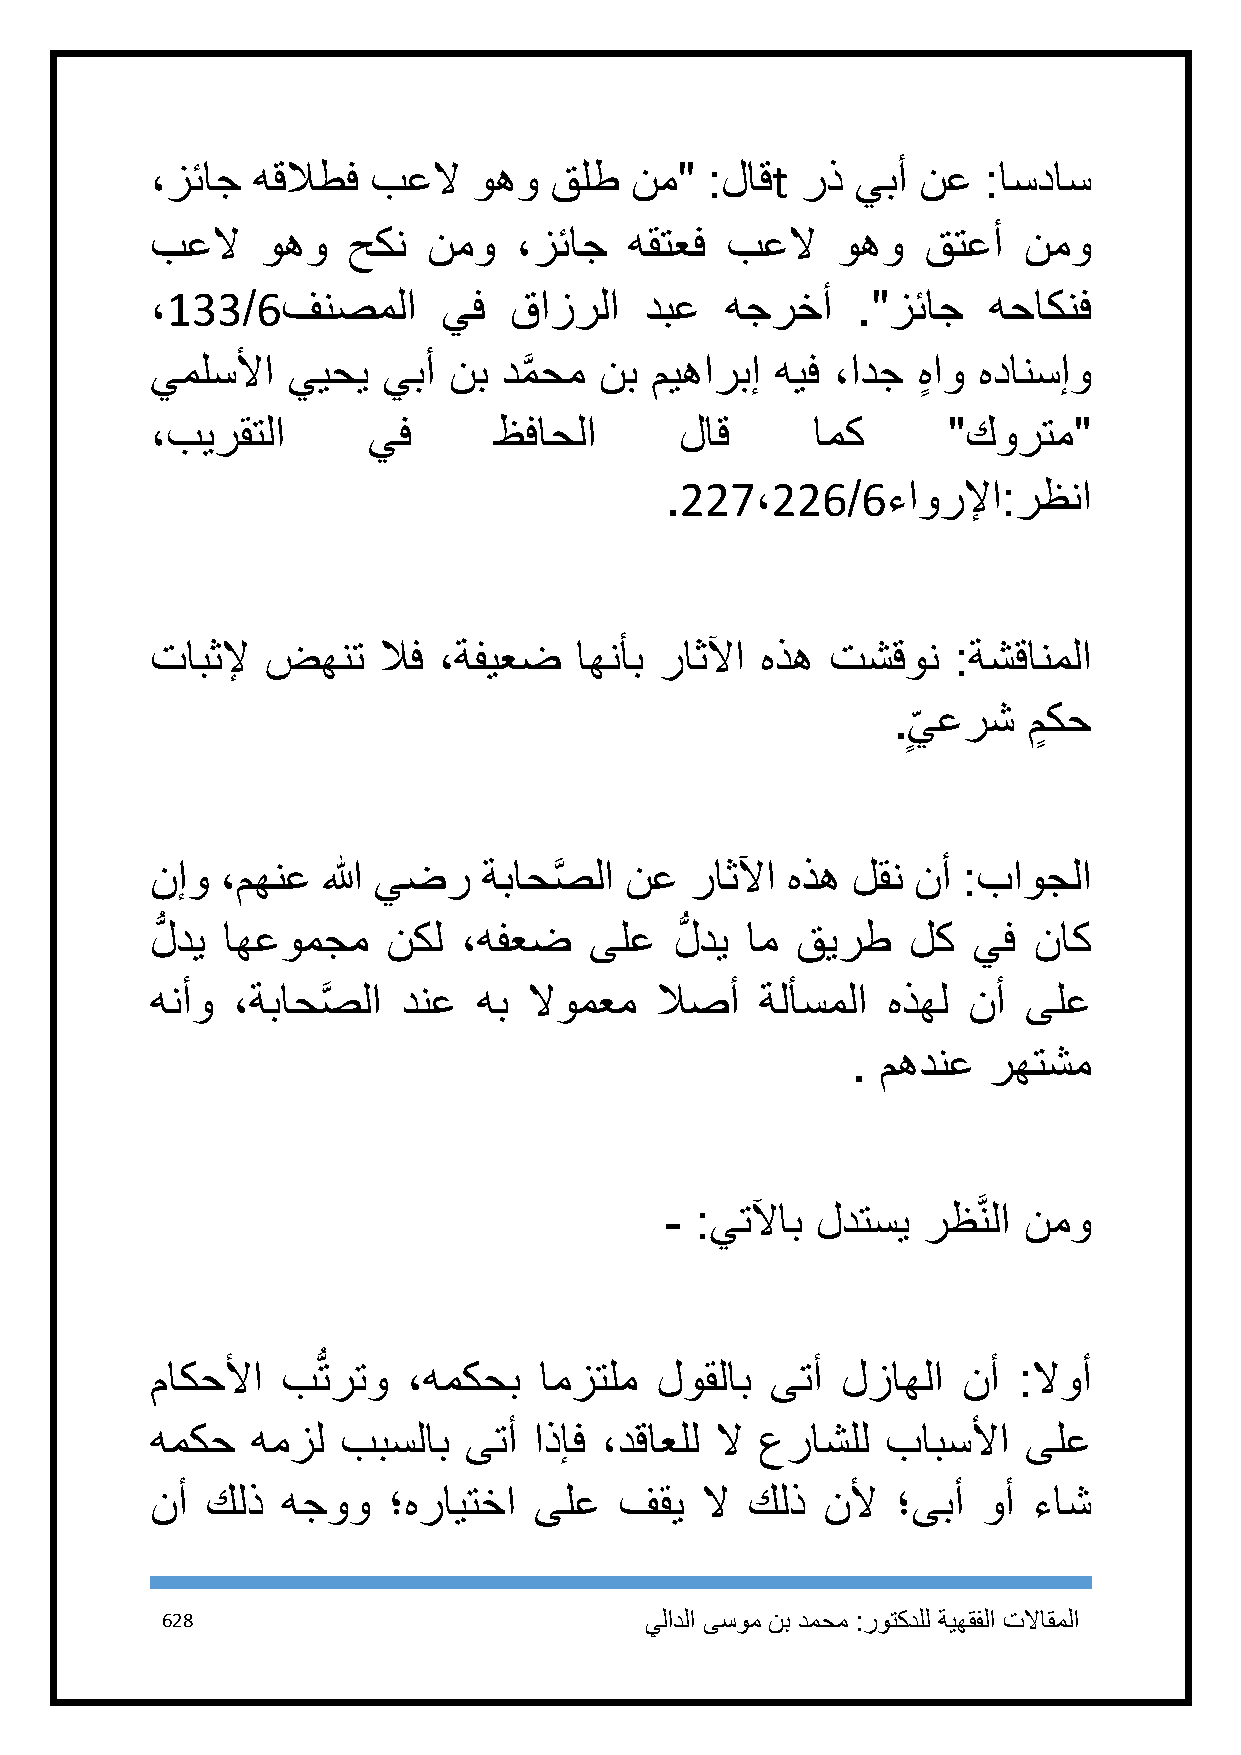
،زئاج  هقلاطف  بعلا  وهو  قلط   نم"  :لاقt رذ  يبأ نع  :اسداس
 بعلا   وهو   حكن  نمو   ،زئاج   هقتعف بعلا   وهو   قتعأ   نمو
 ،133/6فنصملا       يف   قازرلا   دبع  هجرخأ    ."زئاج  هحاكنف
 يملسلأا  ييحي  يبأ  نب دمَّ حم نب ميهاربإ هيف ،ادج هٍ او هدانسإو
 ،بيرقتلا      يف       ظفاحلا      لاق      امك      "كورتم"
 .227،226/6ءاورلإا:رظنا
 تابثلإ  ضهنت   لاف ،ةفيعض   اهنأب راثلآا هذه تشقون   :ةشقانملا
 .
 ٍ
 ي عرش   مٍ كح
 نإو  ،مهنع الله يضر   ةباحصَّ لا نع راثلآا هذه لقن نأ :باوجلا
 لُّ دي اهعومجم  نكل  ،هفعض   ىلع   لُّ دي ام قيرط لك  يف  ناك
 هنأو ،ةباحصَّ لا دنع  هب لاومعم  لاصأ   ةلأسملا  هذهل نأ  ىلع
 . مهدنع  رهتشم
 - :يتلآاب لدتسي  رظَّنلا نمو
 ماكحلأا  بُّترتو ،همكحب   امزتلم لوقلاب  ىتأ  لزاهلا  نأ :لاوأ
 همكح   همزل  ببسلاب  ىتأ اذإف ،دقاعلل لا عراشلل  بابسلأا  ىلع
 نأ  كلذ  هجوو   ؛هرايتخا ىلع   فقي  لا كلذ  نلأ  ؛ىبأ  وأ ءاش
 628                             يلادلا ىسوم نب دمحم :روتكدلل ةيهقفلا تلااقملا